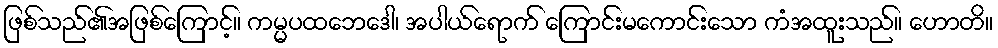
ဖြစ်သည်၏အဖြစ်ကြောင့်။ ကမ္မပထဘေဒေါ၊ အပါယ်ရောက် ကြောင်းမကောင်းသော ကံအထူးသည်။ ဟောတိ။